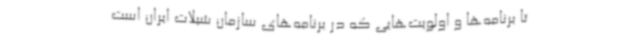
تا برنامه‌ها و اولویت‌هایی که در برنامه‌های سازمان شیلات ایران است